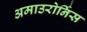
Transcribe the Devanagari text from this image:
अमाउरोर्निस